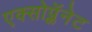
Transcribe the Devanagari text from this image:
एक्सोप्लॅनेट